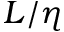
L / \eta